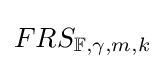
FRS_{\mathbb {F} ,\gamma ,m,k}